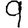
Digit: 9